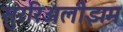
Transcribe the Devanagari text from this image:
सुररिअलीझम